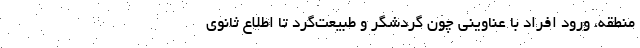
منطقه، ورود افراد با عناوینی چون گردشگر و طبیعت‌گرد تا اطلاع ثانوی